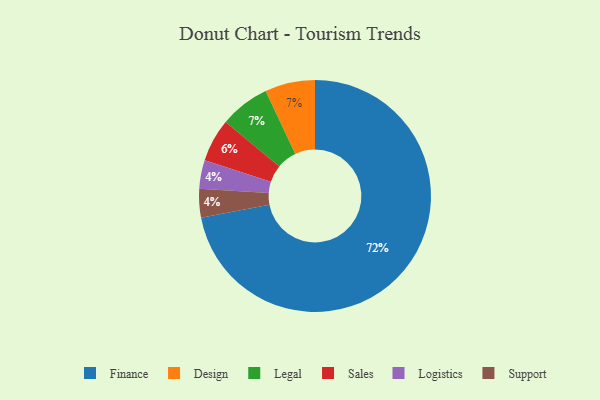
{"axis": {"x": "Category", "y": "Percentage"}, "legend": ["Design", "Finance", "Legal", "Logistics", "Sales", "Support"], "data": [{"x": "Sales", "y": 6, "type": "Sales"}, {"x": "Logistics", "y": 4, "type": "Logistics"}, {"x": "Design", "y": 7, "type": "Design"}, {"x": "Support", "y": 4, "type": "Support"}, {"x": "Legal", "y": 7, "type": "Legal"}, {"x": "Finance", "y": 72, "type": "Finance"}]}